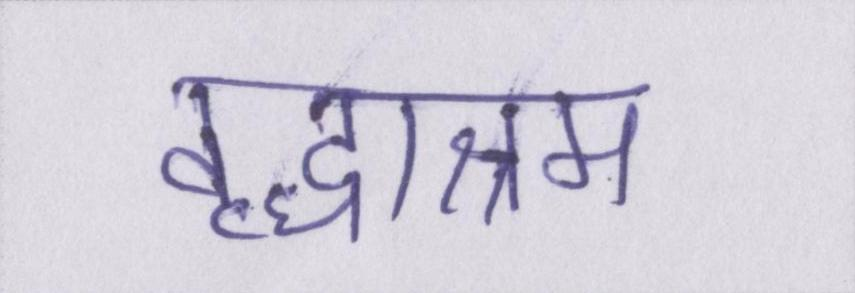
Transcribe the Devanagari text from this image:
वृद्धाश्रम